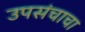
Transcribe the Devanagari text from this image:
उपसंचाचा